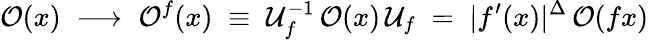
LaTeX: {\cal O}(x)\; \longrightarrow\; {\cal O}^{f}(x)\; \equiv\; {\cal U}_{f}^{-1}\, {\cal O}(x)\, {\cal U}_{f}\; =\; |f^{\prime}(x)|^{\Delta}\, {\cal O}(fx)